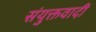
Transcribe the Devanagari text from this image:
संयुक्तवादी